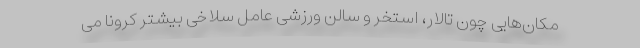
مکان‌هایی چون تالار، استخر و سالن ورزشی عامل سلاخی بیشتر کرونا می